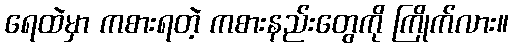
ရေထဲမှာ ကစားရတဲ့ ကစားနည်းတွေကို ကြိုက်လား။